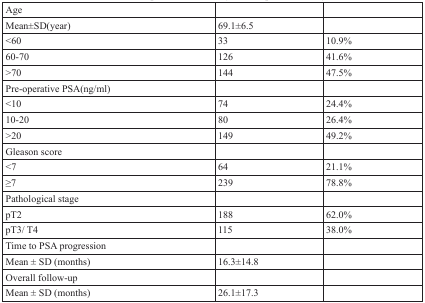
<table><thead><tr><td><b>Age</b></td><td></td><td></td></tr></thead><tbody><tr><td>Mean±SD(year)</td><td>69.1±6.5</td><td></td></tr><tr><td>&lt;60</td><td>33</td><td>10.9%</td></tr><tr><td>60-70</td><td>126</td><td>41.6%</td></tr><tr><td>&gt;70</td><td>144</td><td>47.5%</td></tr><tr><td>Pre-operative PSA(ng/ml)</td><td></td><td></td></tr><tr><td>&lt;10</td><td>74</td><td>24.4%</td></tr><tr><td>10-20</td><td>80</td><td>26.4%</td></tr><tr><td>&gt;20</td><td>149</td><td>49.2%</td></tr><tr><td>Gleason score</td><td></td><td></td></tr><tr><td>&lt;7</td><td>64</td><td>21.1%</td></tr><tr><td>≥7</td><td>239</td><td>78.8%</td></tr><tr><td>Pathological stage</td><td></td><td></td></tr><tr><td>pT2</td><td>188</td><td>62.0%</td></tr><tr><td>pT3/ T4</td><td>115</td><td>38.0%</td></tr><tr><td>Time to PSA progression</td><td></td><td></td></tr><tr><td>Mean ± SD (months)</td><td>16.3±14.8</td><td></td></tr><tr><td>Overall follow-up</td><td></td><td></td></tr><tr><td>Mean ± SD (months)</td><td>26.1±17.3</td><td></td></tr></tbody></table>